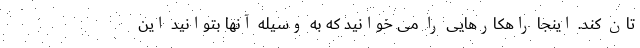
تان کند. اینجا راهکارهایی را می خوانید که به وسیله آنها بتوانید این